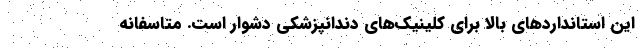
این استانداردهای بالا برای کلینیک‌های دندانپزشکی دشوار است. متاسفانه